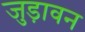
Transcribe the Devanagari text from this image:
जुड़ावन